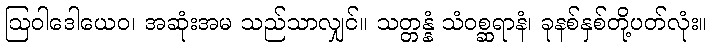
ဩဝါဒေါယေဝ၊ အဆုံးအမ သည်သာလျှင်။ သတ္တန္နံ သံဝစ္ဆရာနံ၊ ခုနစ်နှစ်တို့ပတ်လုံး။